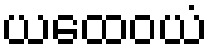
ယထေဝယံ